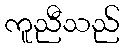
ကူညီသည်